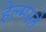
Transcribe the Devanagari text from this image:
हेल्मस्ले